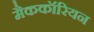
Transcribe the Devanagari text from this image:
मैककॉरियन